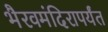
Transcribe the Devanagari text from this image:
भैरवमंदिरापर्यंत